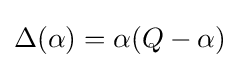
\Delta (\alpha )=\alpha (Q-\alpha )